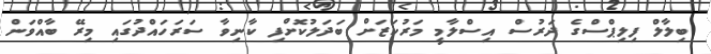
ބިލާލް ފިލިޕްސްގެ ދަރުސް އިސްލާމީ މަރުކަޒަށް ބަދަލުކޮށްފި ކާނިވާ ސަރަހައްދުގައި މިރޭ ބާއްވަން